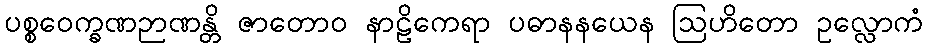
ပစ္စဝေက္ခဏဉာဏန္တိ ဇာတောဝ နာဠိကေရာ ပဓာနနယေန ဩဟိတော ဥလ္လောကံ